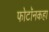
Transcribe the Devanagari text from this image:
फोटॉनकहा